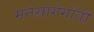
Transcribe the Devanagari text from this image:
मनसागंगोत्री